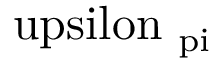
\mathrm { \ u p s i l o n _ { \ p i } }